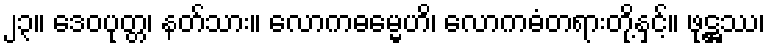
၂၃။ ဒေဝပုတ္တ၊ နတ်သား။ လောကဓမ္မေဟိ၊ လောကဓံတရားတို့နှင့်။ ဖုဋ္ဌဿ၊